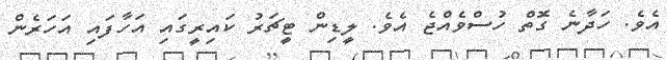
އެވެ. ހަދާނެ ގޮތް ހުސްވެއްޖެ އެވެ. ލީޑިން ޓީޗަރު ކައިރީގައި އަހާފައި އަހަރެން